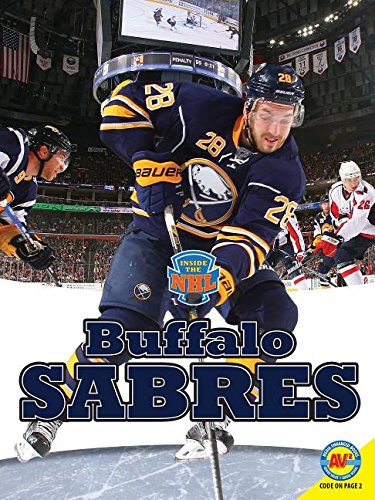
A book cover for Buffalo Sabres (Inside the NHL); Nick Day; Children's Books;